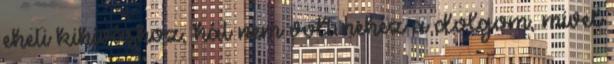
eheti kihíváshoz, hát nem volt nehéz a dolgom, mivel